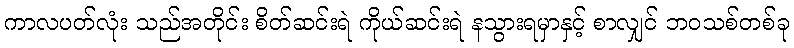
ကာလပတ်လုံး သည်အတိုင်း စိတ်ဆင်းရဲ ကိုယ်ဆင်းရဲ နသွားရမှာနှင့် စာလျှင် ဘဝသစ်တစ်ခု